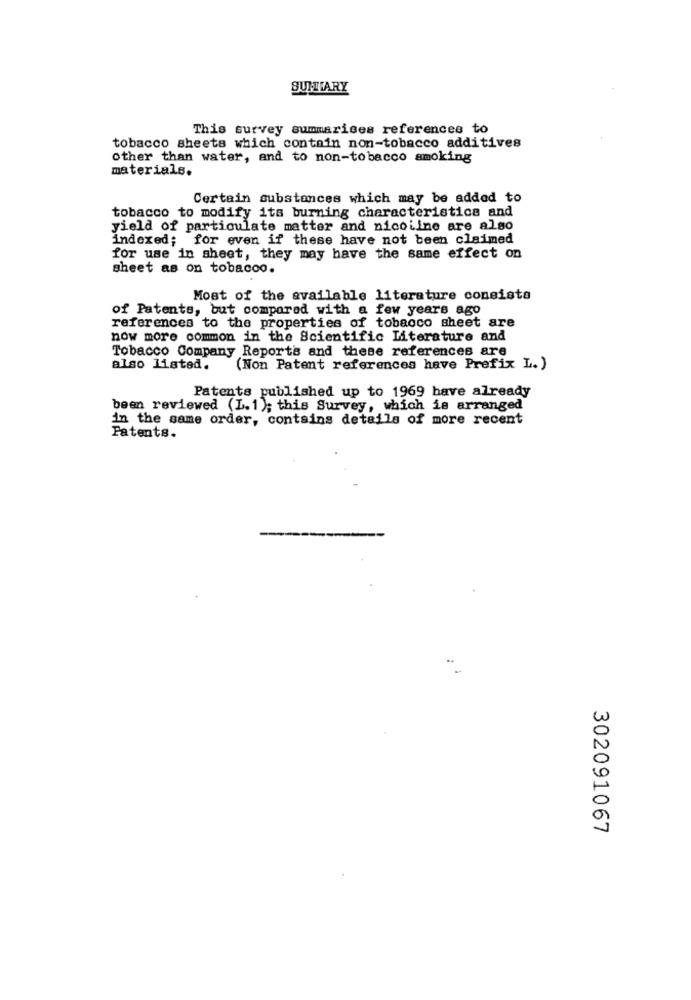
SUMMARY
This survey summarises references to
tobacco sheets which contain non-tobacco additives
other than water, and to non-tobacco smoking
materials.
Certain substances which may be added to
tobacco to modify its burning characteristics and
yield of particulate matter and nicoline are also
indexed; for even if these have not been claimed
for use in sheet, they may have the same effect on
sheet as on tobacoo.
Most of the available literature consista
of Patents, but compared with a few years ago
references to the properties of tobacco sheet are
now more common in the Scientific Literature and
Tobacco Company Reports and these references are
also listed.
(Non Patent references have Prefix L.)
Patents published up to 1969 have already
been reviewed (L. 1); this Survey, which is arranged
in the same order, contains details of more recent
Patents.
302091067